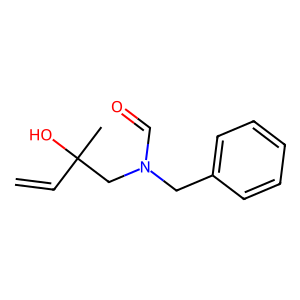
SMILES: C=CC(C)(O)CN(C=O)Cc1ccccc1
Inhibits HIV replication: No